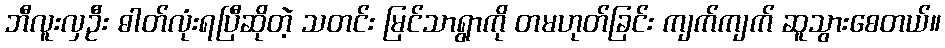
ဘီလူးလှဦး ဓါတ်လုံးရပြီဆိုတဲ့ သတင်း မြင်သာရွာကို တမဟုတ်ခြင်း ကျက်ကျက် ဆူသွားစေတယ်။